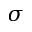
\boldsymbol \sigma